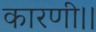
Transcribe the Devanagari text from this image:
कारणी।।